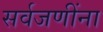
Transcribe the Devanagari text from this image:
सर्वजणींना